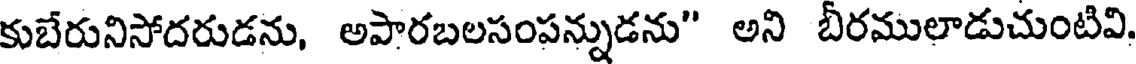
కుబేరునిసోదరుడను, అపారబలసంపన్నుడను" అని బీరములాడుచుంటివి